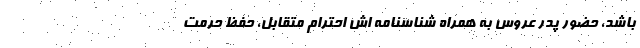
باشد، حضور پدر عروس به همراه شناسنامه اش احترام متقابل، حفظ حرمت